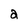
Character: a